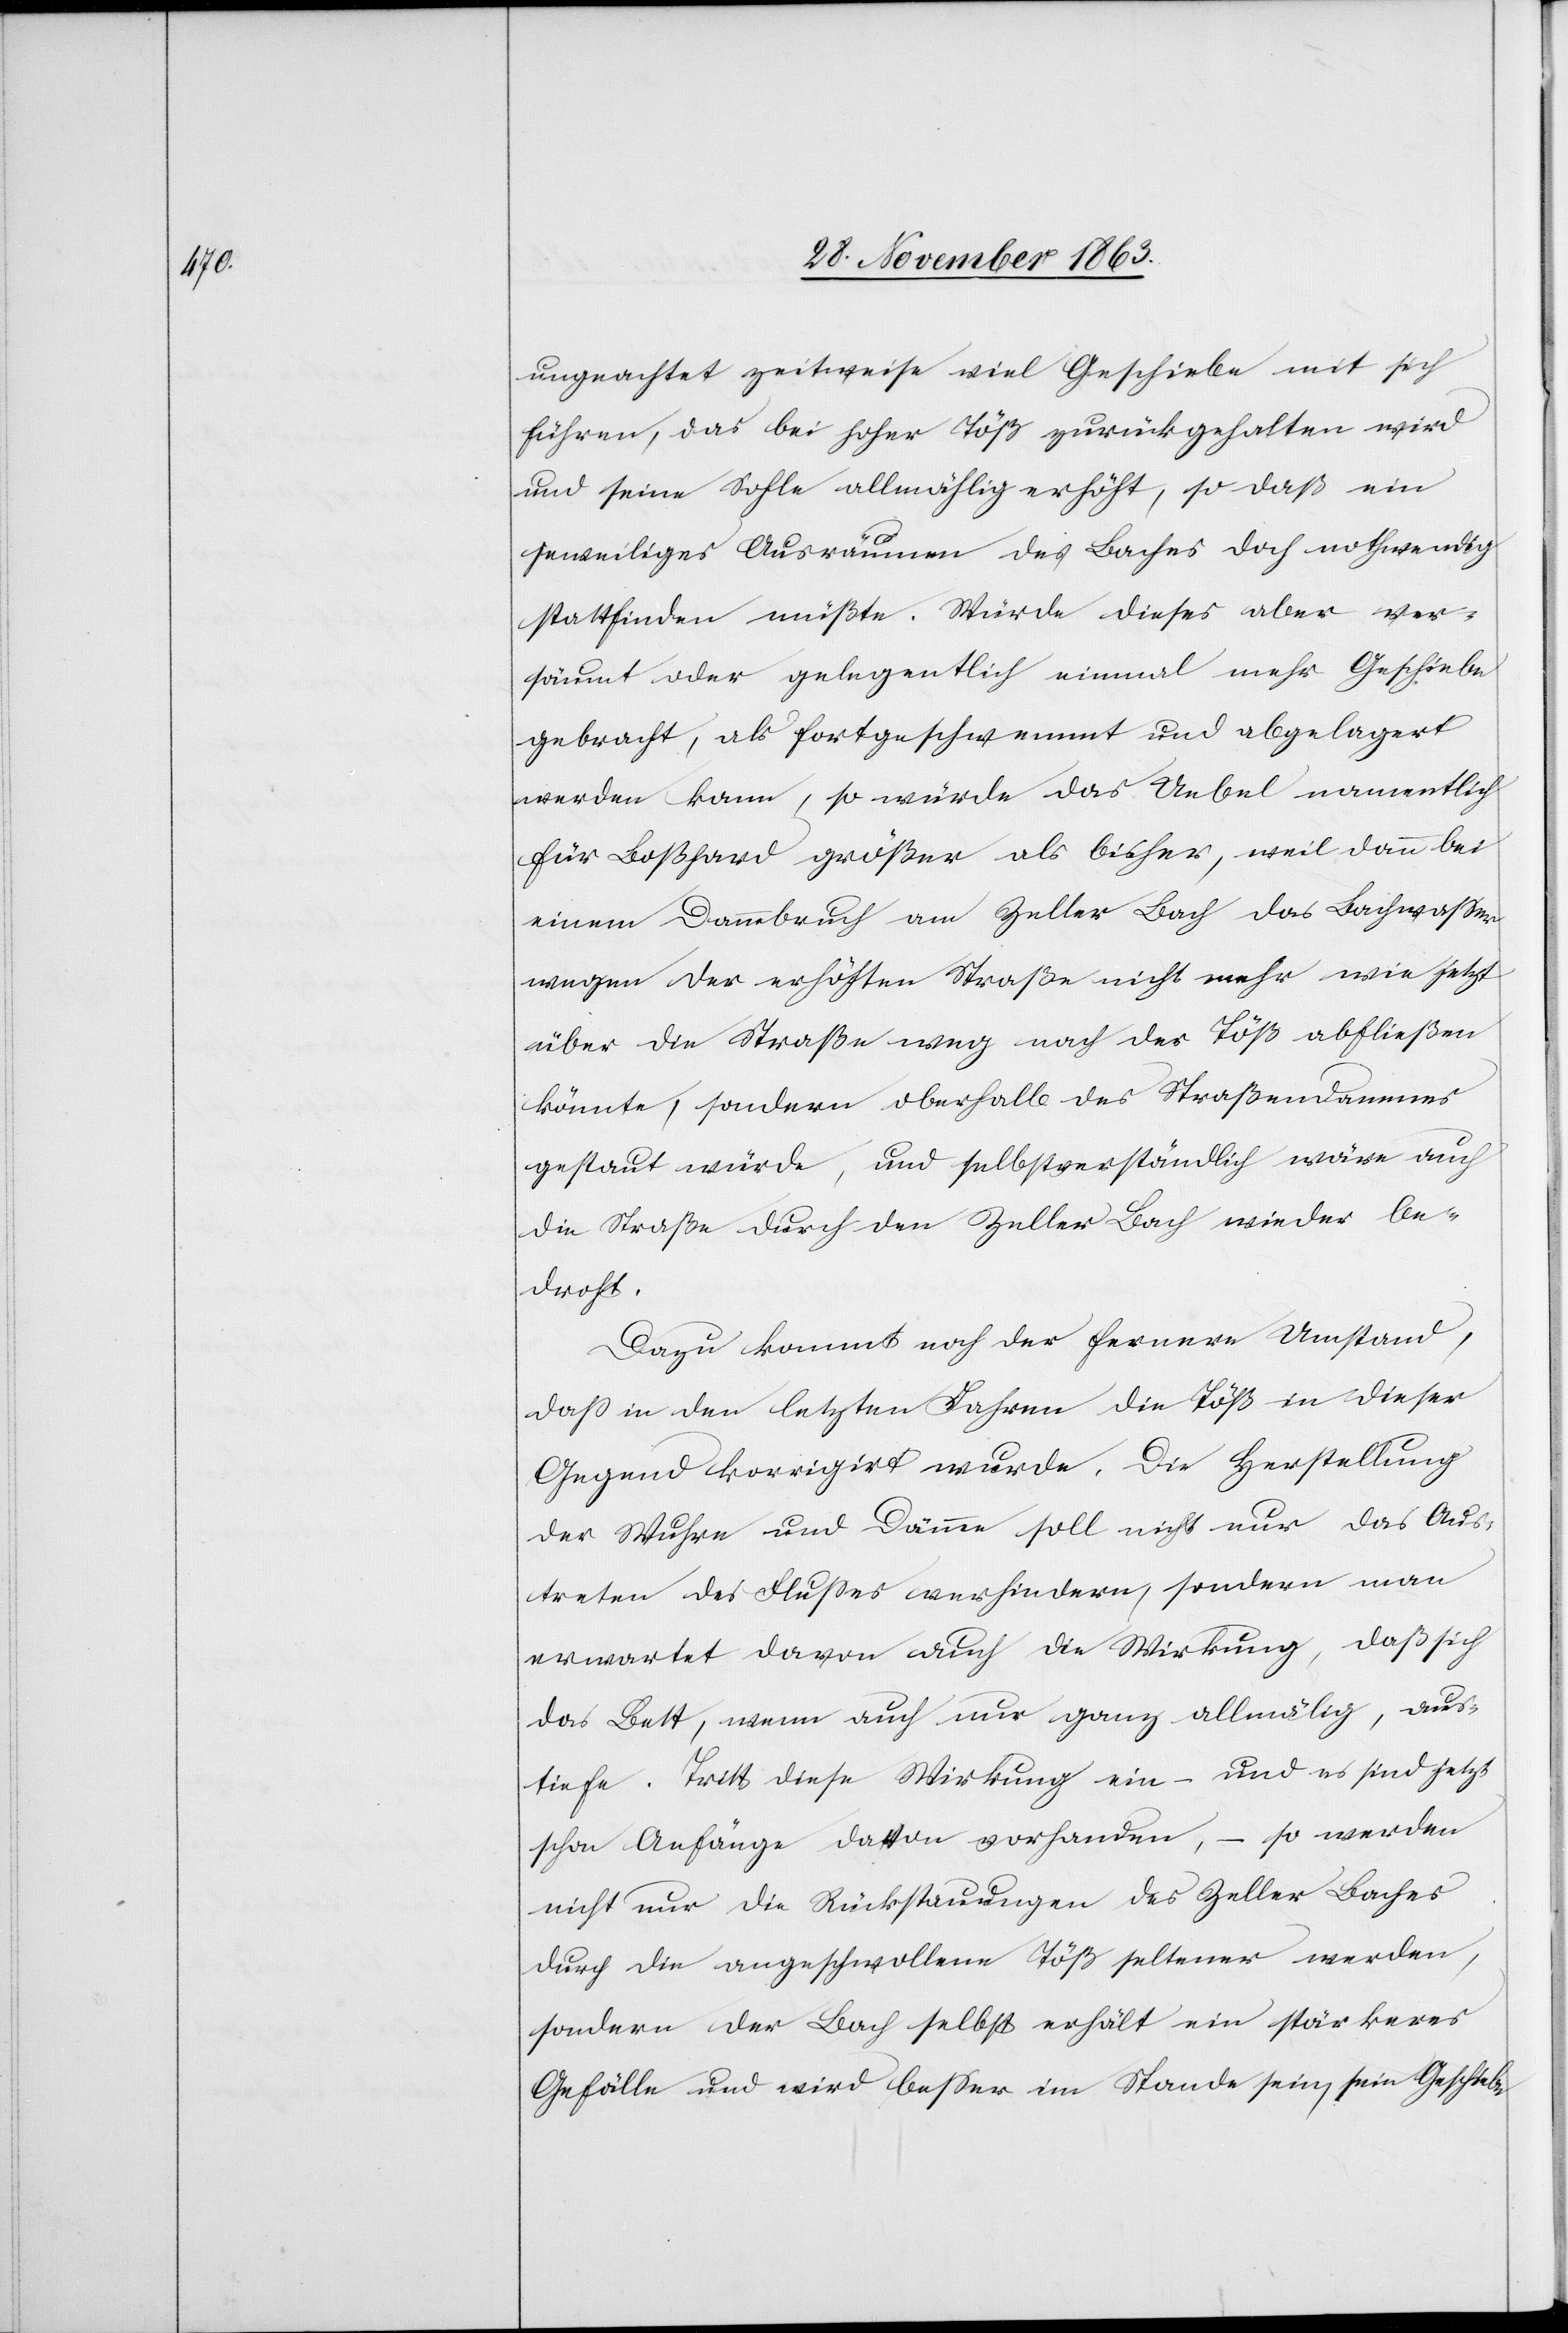
ungeachtet zeitweise viel Geschiebe mit sich
führen, das bei hoher Töß zurückgehalten wird
und seine Sohle allmählig erhöht, so daß ein
jeweiliges Auskommen des Baches doch nothwendig
stattfinden müßte. Würde dieses aber ver¬
säumt oder gelegentlich einmal mehr Geschiebe
gebracht, als fortgeschwemmt und abgelagert
werden kann, so würde das Uebel namentlich
für Boßhard größer als bisher, weil dann bei
einem Dammbruch am Zeller Bach das Bachwasser
wegen der erhöhten Straße nicht mehr wie jetzt
über die Straße weg nach der Töß abfließen
könnte, sondern oberhalb des Straßendammes
gestaut würde, und selbstverständlich wäre auch
die Straße durch den Zeller Bach wieder be¬
droht.
Dazu kommt noch der fernere Umstand,
dass in den letzten Jahren die Töß in dieser
Gegend korrigirt wurde. Die Herstellung
der Wuhre und Dämme soll nicht nur das Aus¬
treten des Flusses verhindern, sondern man
erwartet davon auch die Wirkung, daß sich
das Bett, wenn auch nur ganz allmälig, aus¬
tiefe. Tritt diese Wirkung ein – und es sind jetzt
schon Anfänge davon vorhanden, – so werden
nicht nur die Rückstauungen des Zeller Baches
durch die angeschwollene Töß seltener werden,
sondern der Bach selbst erhält ein stärkeres
Gefälle und wird besser im Stande sein, sein Geschiebe